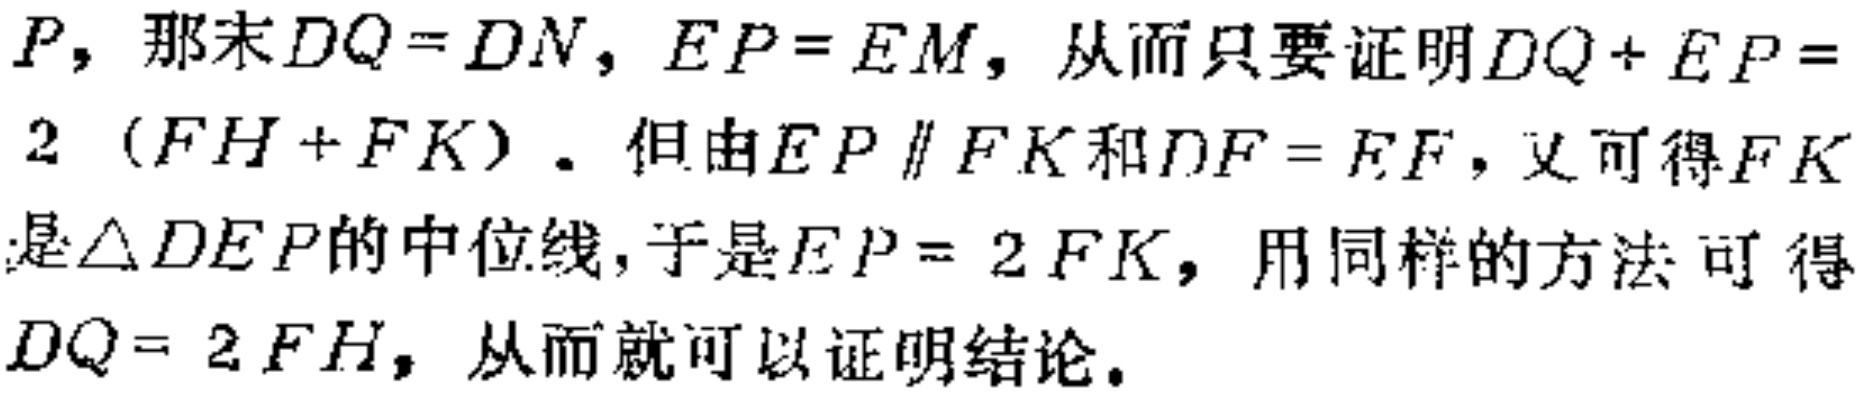
$P$，那末$DQ = DN$，$EP = EM$，从而只要证明$DQ + EP = 2(FH + FK)$．但由$EP\parallel FK$和$DF = EF$，又可得$FK$是$\triangle DEP$的中位线，于是$EP = 2FK$，用同样的方法可得$DQ = 2FH$，从而就可以证明结论．